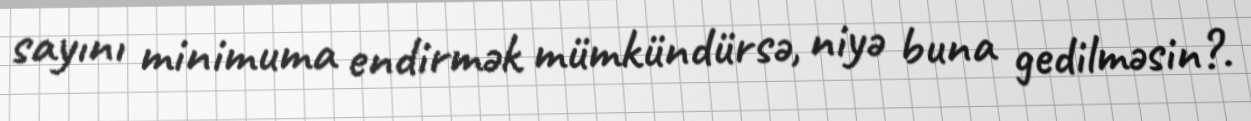
sayını minimuma endirmək mümkündürsə, niyə buna gedilməsin?.